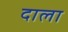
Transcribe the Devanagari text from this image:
दाला